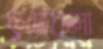
ছুটেচলা